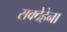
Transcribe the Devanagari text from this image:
सक्वेहेना